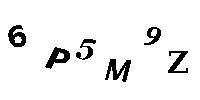
6P5M9Z